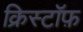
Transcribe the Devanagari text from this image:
क्रिस्टॉफ़